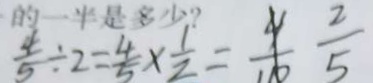
\frac { 4 } { 5 } \div 2 = \frac { 4 } { 5 } \times \frac { 1 } { 2 } = \frac { 4 } { 1 1 0 } \frac { 2 } { 5 }